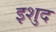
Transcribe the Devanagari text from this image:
इशुद